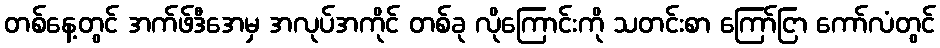
တစ်နေ့တွင် အက်ဖ်ဒီအေမှ အလုပ်အကိုင် တစ်ခု လိုကြောင်းကို သတင်းစာ ကြော်ငြာ ကော်လံတွင်